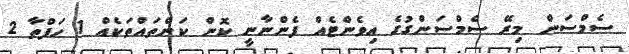
ސެމްސަން މިރޭ ސެމްސަންގުގެ އިވެންޓެއް ފެންނާނީ ކޮން ކަންތައްތަކެއް 1 ހަފްތާ 2